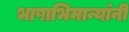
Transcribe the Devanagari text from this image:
भाषाभिमान्यांनी